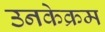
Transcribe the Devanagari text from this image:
उनकेक्रम